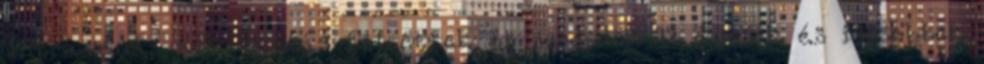
Intravénás alkalmazás Felnőttek és serdülők 12 évesek és idősebbek